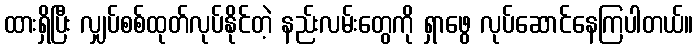
ထားရှိပြီး လျှပ်စစ်ထုတ်လုပ်နိုင်တဲ့ နည်းလမ်းတွေကို ရှာဖွေ လုပ်ဆောင်နေကြပါတယ်။